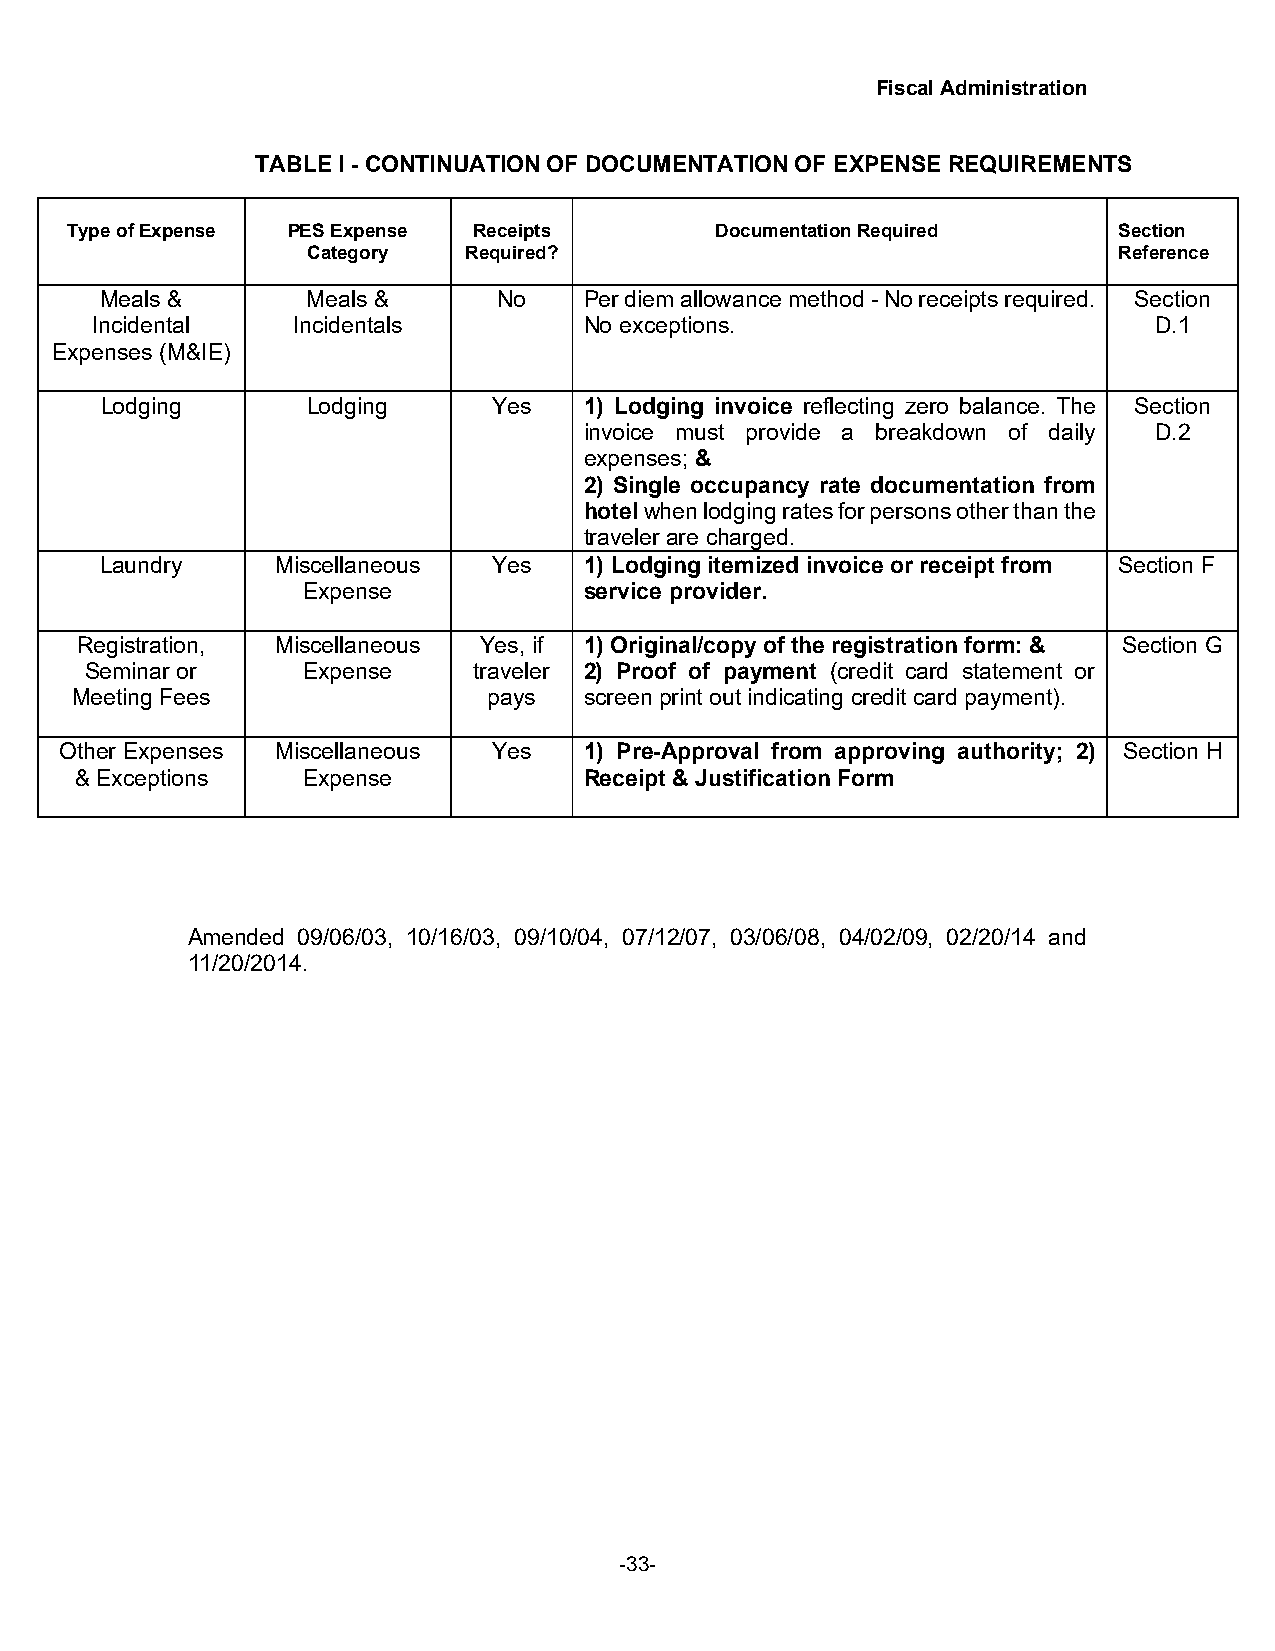
Fiscal Administration
 TABLE I - CONTINUATION OF DOCUMENTATION OF EXPENSE REQUIREMENTS
 Type of Expense PES Expense Receipts       Documentation Required     Section
 Category   Required?                                  Reference
 Meals &      Meals &      No    Per diem allowance method - No receipts required. Section
 Incidental   Incidentals         No exceptions.                       D.1
 Expenses (M&IE)
 Lodging      Lodging      Yes   1) Lodging invoice reflecting zero balance. The Section
 invoice must provide a breakdown of daily D.2
 expenses; &
 2) Single occupancy rate documentation from
 hotel when lodging rates for persons other than the
 traveler are charged.
 Laundry    Miscellaneous  Yes   1) Lodging itemized invoice or receipt from Section F
 Expense            service provider.
 Registration, Miscellaneous Yes, if 1) Original/copy of the registration form: & Section G
 Seminar or    Expense    traveler 2) Proof of payment (credit card statement or
 Meeting Fees               pays   screen print out indicating credit card payment).
 Other Expenses Miscellaneous Yes   1) Pre-Approval from approving authority; 2) Section H
 & Exceptions   Expense            Receipt & Justification Form
 Amended 09/06/03, 10/16/03, 09/10/04, 07/12/07, 03/06/08, 04/02/09, 02/20/14 and
 11/20/2014.
 -33-